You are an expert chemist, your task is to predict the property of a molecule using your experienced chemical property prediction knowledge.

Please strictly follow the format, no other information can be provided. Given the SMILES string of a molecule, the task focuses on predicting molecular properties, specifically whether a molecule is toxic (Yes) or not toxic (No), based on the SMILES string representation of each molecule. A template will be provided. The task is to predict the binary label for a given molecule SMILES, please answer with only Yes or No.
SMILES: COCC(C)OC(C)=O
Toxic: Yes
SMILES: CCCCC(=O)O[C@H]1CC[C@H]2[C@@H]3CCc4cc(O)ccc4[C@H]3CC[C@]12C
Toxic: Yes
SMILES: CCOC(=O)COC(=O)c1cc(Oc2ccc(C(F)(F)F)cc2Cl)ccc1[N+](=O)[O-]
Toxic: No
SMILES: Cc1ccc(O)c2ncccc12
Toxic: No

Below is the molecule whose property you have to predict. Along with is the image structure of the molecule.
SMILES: COc1cc(NS(=O)(=O)c2ccc(N)cc2)nc(OC)n1
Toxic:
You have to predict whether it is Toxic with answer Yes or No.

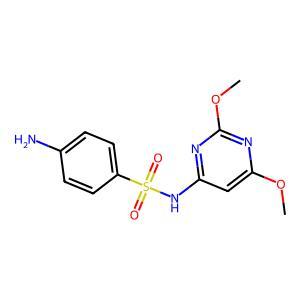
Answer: No